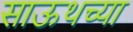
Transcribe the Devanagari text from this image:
साऊथच्या